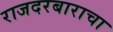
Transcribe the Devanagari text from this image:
राजदरबाराचा